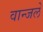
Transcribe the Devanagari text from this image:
वान्जले